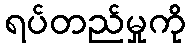
ရပ်တည်မှုကို